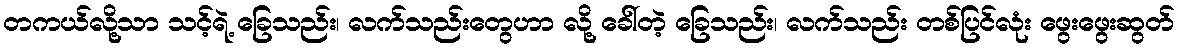
တကယ်လို့သာ သင့်ရဲ့ ခြေသည်း၊ လက်သည်းတွေဟာ လို့ ခေါ်တဲ့ ခြေသည်း၊ လက်သည်း တစ်ပြင်လုံး ဖွေးဖွေးဆွတ်